Scottish Certificate of Education, 1963
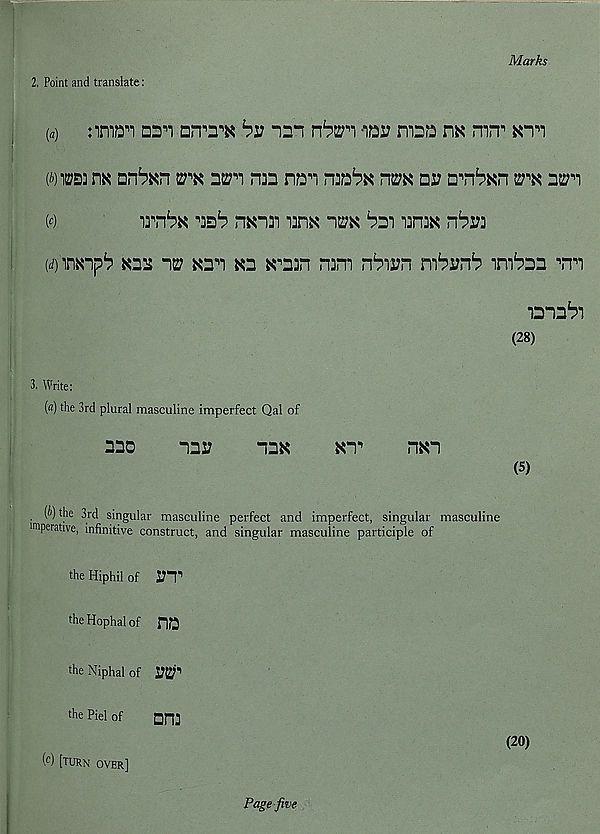
Marks
2. Point and translate:
{a)
nnm am oirra by -nn nb^^i -lay mya hk mn^
(b)
m: nx anb^n wx nm mn na^i n^nbx
nv n^nbK
w
irnbx ■'isb nx"i]i vm
bsi mix nbri
(d) inxnpb K22 127 X2^ K2 x'2in n3m nbirn mbynb inibsa mi
iD-abi
(28)
3. Write:
(fl) the 3rd plural masculine imperfect Qal of
230
nny
12X
XT’
nxi
(5)
(i') the 3rd singular masculine perfect and imperfect, singular masculine
imperative, infinitive construct, and singular masculine participle of
the Hiphil of i;T
theHophalof HO
the Niphal of I?KT
the Piel of
QJ-J]
(20)
( c ) [turn over]
Page five